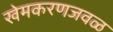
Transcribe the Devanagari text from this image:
खेमकरणजवळ